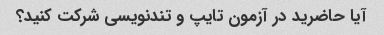
آیا حاضرید در آزمون تایپ و تندنویسی شرکت کنید؟